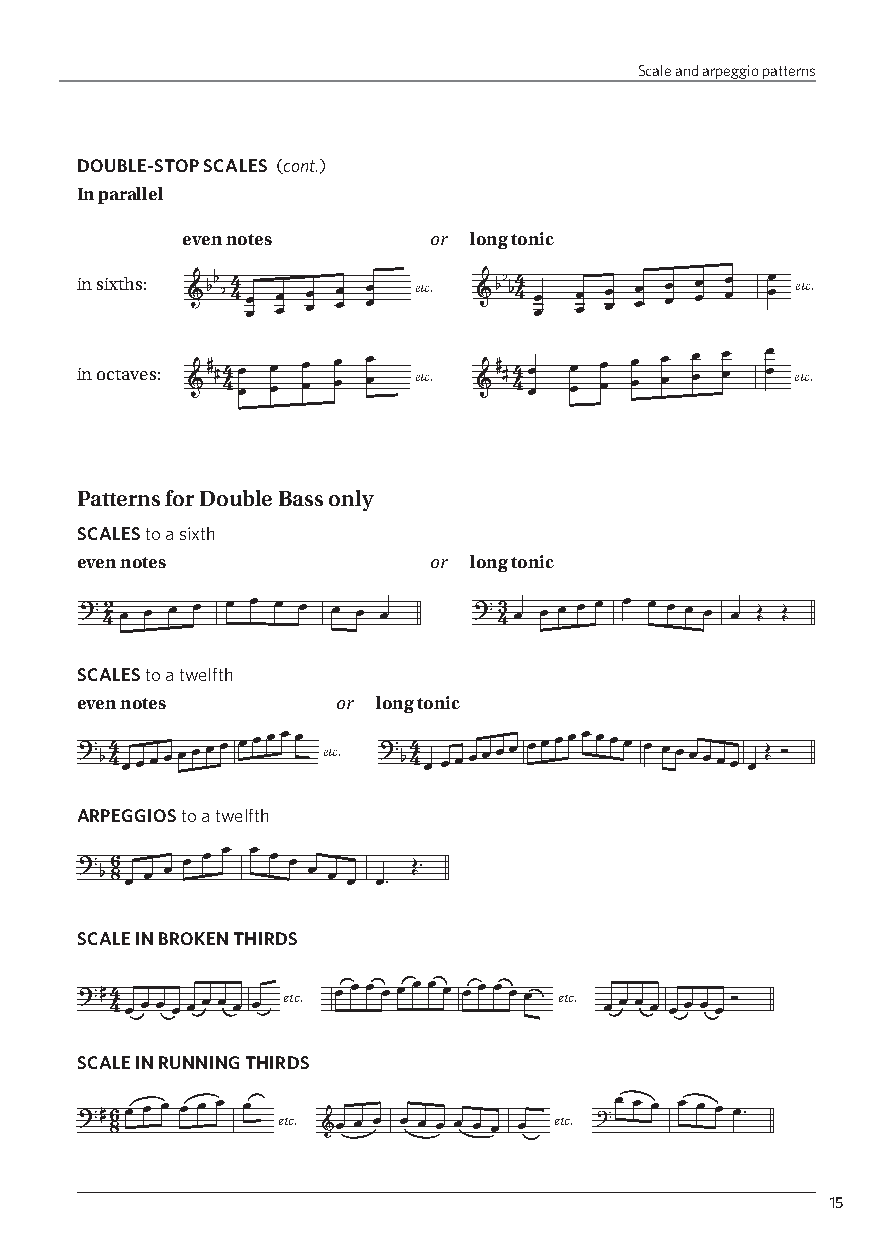
Scale and arpeggio patterns
 DOUBLE-STOP SCALES (cont.)
 In parallel
 even notes      or long tonic
 b                  b
 in sixths: Vb b 4 4 œœ œœ œœ œœ œœ etc. Vb b 4 4 œœ œœ œœ œœ œœ œœ œœ œ œ etc.
 in octaves: V# # 4 4œ œ œ œ œ œ œ œ œ œ etc. V# # 4 4 œœ œ œ œ œ œ œ œ œ œ œ œ œ œ œ etc.
 Patterns for Double Bass only
 SCALES to a sixth
 even notes             or long tonic
 B                         B
 42 œ œ œ œ œ œ œ œ œ œ œ  43 œ œ œ œ œ œ œ œ œ œ œ Œ Œ
 SCALES to a twelfth
 even notes       or long tonic
 B                   B
 b4
 4 œœœœœœœœ
 œœœœœ
 etc.
 b
 4 4
 œ
 œœœœœœ
 œœœœœœœœ
 œ œœœœœœ
 œ
 Œ Ó
 ARPEGGIOS to a twelfth
 B
 b 6
 8 œ œ œ
 œ œ œ œ œ œ
 œ œ œ œ™
 Œ™
 SCALE IN BROKEN THIRDS
 B#
 4 4 œ œ œ œ œ œ œ œ œ etc. œ œ œ œ œ œ œ œ œ œ œ œ œ etc. œœœœ œœœœÓ
 SCALE IN RUNNING THIRDS
 B # 6 8 œ œ œ œ œ œ œ etc. V œ œ œ œ œ œ œ œ œ œ etc. Bœ œ œ œ œ œ œ™
 15